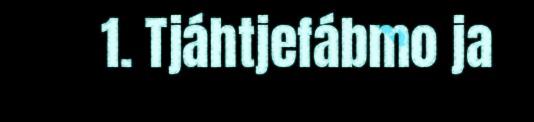
1. Tjáhtjefábmo ja